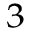
_ 3